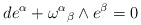
\begin{align*}de^\alpha +{\omega^\alpha}_\beta \wedge e^\beta=0\end{align*}